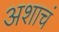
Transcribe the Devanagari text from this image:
अशाचं